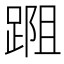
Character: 𨂀